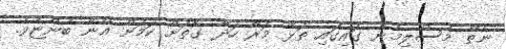
ނެތް މުސްލިމުން ގައިގައި ތަޅާ މަރާ ހަދާ ގޮތަށް ކަމަށް އޭނާ ބުންޏެވެ.